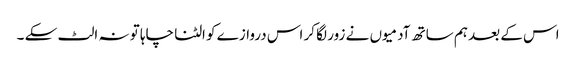
اس کے بعد ہم ساتھ آدمیوں نے زور لگا کر اس دروازے کو الٹنا چاہا تو نہ الٹ سکے ۔